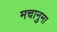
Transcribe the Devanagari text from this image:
मचानुमा